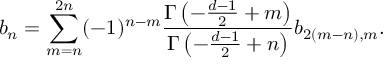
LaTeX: b _ { n } = \sum _ { m = n } ^ { 2 n } ( - 1 ) ^ { n - m } { \frac { \Gamma \left( - { \frac { d - 1 } { 2 } } + m \right) } { \Gamma \left( - { \frac { d - 1 } { 2 } } + n \right) } } b _ { 2 ( m - n ) , m } .